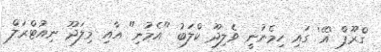
ގްރޫޕް 'އޭ' ގައި ހިމެނުނީ ވެލިދޫ ކްލަބު "އެމުނި" އާއި މިލަދޫ ނިއުޓްރަލް